Lunatic asylums United Provinces 1909-1921 - 1909-1921
Year: 1909
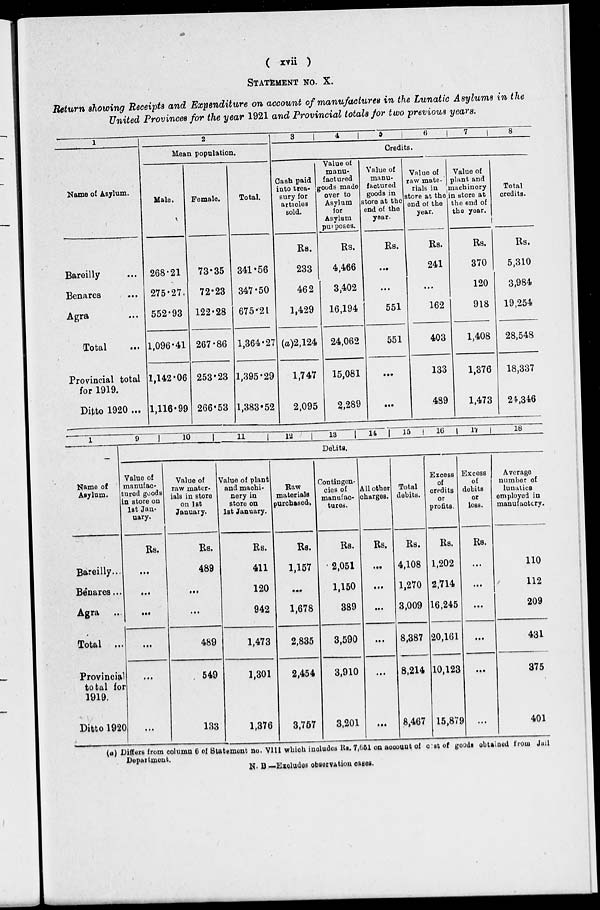
( xvii )
STATEMENT NO. X.
Return showing Receipts and Expenditure on account of manufactures in the Lunatic Asylums in the
United Provinces for the year 1921 and Provincial totals for two previous years.
1
Name of Asylum.
Bareilly ...
Benares ...
Agra ...
Total ...
Provincial total
for 1919.
Ditto 1920 ...
2
Mean population.
Male.
268.21
275.27
552.93
1,096.41
1,142.06
1,116.99
Female.
73.35
72.23
122.28
267.86
253.23
266.53
Total.
341.56
347.50
675.21
1,364.27
1,395.29
1,383.52
3
4
5
6
7
8
Credits.
Cash paid
into trea-
sury for
articles
sold.
Rs.
233
462
1,429
(a)2,124
1,747
2,095
Value of
manu-
factured
goods made
over to
Asylum
for
Asylum
purposes.
Rs.
4,466
3,402
16,194
24,062
15,081
2,289
Value of
manu-
factured
goods in
store at the
end of the
year.
Rs.
...
...
551
551
...
...
Value of
raw mate-
rials in
store at the
end of the
year.
Rs.
241
...
162
403
133
489
Value of
plant and
machinery
in store at
the end of
the year.
Rs.
370
120
918
1,408
1,376
1,473
Total
credits.
Rs.
5,310
3,984
19,254
28,548
18,337
24,346
1
Name of
Asylum.
Bareilly...
Benares...
Agra ...
Total ...
Provincial
total for
1919.
Ditto 1920
9
10
11
12
13
14
15
16
17
18
Delits.
Value of
manufac-
tured goods
in store on
1st Jan-
uary.
Rs.
...
...
...
...
...
...
Value of
raw mater-
ials in store
on 1st
January.
Rs.
489
...
...
489
549
133
Value of plant
and machi-
nery in
store on
1st January.
Rs.
411
120
942
1,473
1,301
1,376
Raw
materials
purchased.
Rs.
1,157
...
1,678
2,835
2,454
3,757
Contingen-
cies of
manufac-
tures.
Rs.
2,051
1,150
389
3,590
3,910
3,201
All other
charges.
Rs.
...
...
...
...
...
...
Total
debits.
Rs.
4,108
1,270
3,009
8,387
8,214
8,467
Excess
of
credits
or
profits.
Rs.
1,202
2,714
16,245
20,161
10,123
15,879
Excess
of
debits
or
loss.
Rs.
...
...
...
...
...
...
Average
number of
lunatics
employed in
manufactory.
110
112
209
431
375
401
(a) Differs from column 6 of Statement no. VIII which includes Rs. 7,651 on account of cost of goods obtained from Jail
Department.
N. B. — Excludes observation cases.